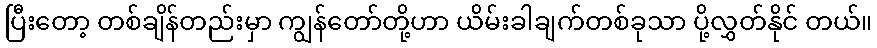
ပြီးတော့ တစ်ချိန်တည်းမှာ ကျွန်တော်တို့ဟာ ယိမ်းခါချက်တစ်ခုသာ ပို့လွှတ်နိုင် တယ်။